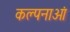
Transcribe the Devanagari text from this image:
कल्‍पनाओं